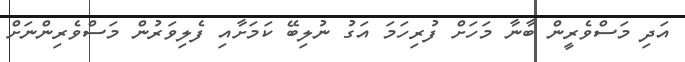
އަދި މަސްވެރީން ބާނާ މަހަށް ފުރިހަމަ އަގު ނުލިބޭ ކަމަށާއި ފެލިވަރުން މަސްވެރިންނަށް